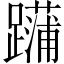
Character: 𨆶